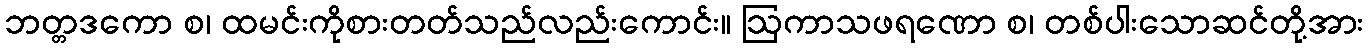
ဘတ္တဒကော စ၊ ထမင်းကိုစားတတ်သည်လည်းကောင်း။ ဩကာသဖရဏော စ၊ တစ်ပါးသောဆင်တို့အား